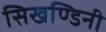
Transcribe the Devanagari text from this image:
सिखण्डिनी